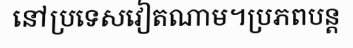
នៅប្រទេសវៀតណាម។ប្រភពបន្ត